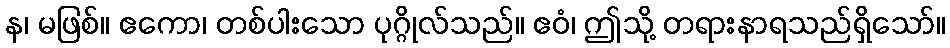
န၊ မဖြစ်။ ဧကော၊ တစ်ပါးသော ပုဂ္ဂိုလ်သည်။ ဧဝံ၊ ဤသို့ တရားနာရသည်ရှိသော်။